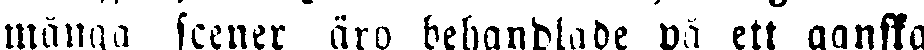
många scener äro behandlade på ett ganska